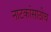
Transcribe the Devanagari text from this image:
नाटकांसाठीच